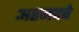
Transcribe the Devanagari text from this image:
अहमदचे